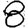
Digit: 8